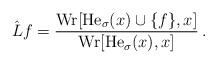
\begin{align*}\hat L f=\frac{{\rm Wr}[\mathrm{He}_{\sigma}(x)\cup\{f\},x]}{{\rm Wr}[\mathrm{He}_\sigma(x),x]}\,.\end{align*}